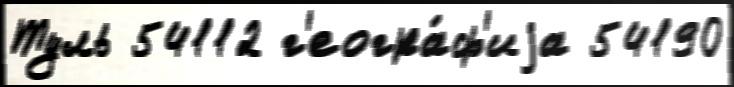
Туль 54112 г'еогра́ф'иjа 54190